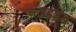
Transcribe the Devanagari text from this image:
अंतद्वद्वद्व